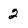
Character: 2